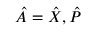
\hat { A } = \hat { X } , \hat { P }